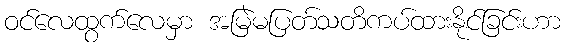
ဝင်လေထွက်လေမှာ အမြဲမပြတ်သတိကပ်ထားနိုင်ခြင်းဟာ